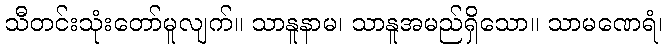
သီတင်းသုံးတော်မူလျက်။ သာနူနာမ၊ သာနူအမည်ရှိသော။ သာမဏေရံ၊